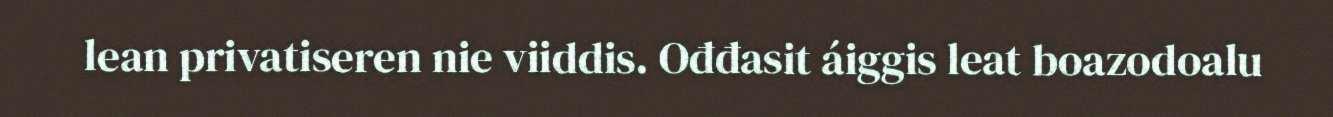
lean privatiseren nie viiddis. Ođđasit áiggis leat boazodoalu